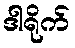
ဒါရိုက်